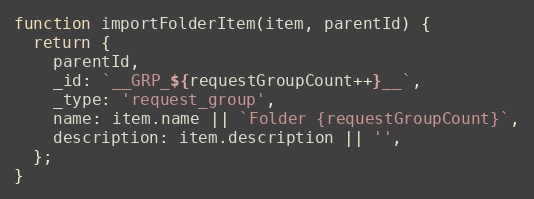
Language: JavaScript
function importFolderItem(item, parentId) {
  return {
    parentId,
    _id: `__GRP_${requestGroupCount++}__`,
    _type: 'request_group',
    name: item.name || `Folder {requestGroupCount}`,
    description: item.description || '',
  };
}